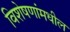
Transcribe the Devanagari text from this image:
विशेषणांमधील